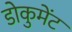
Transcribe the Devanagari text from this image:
डोकुमेंट